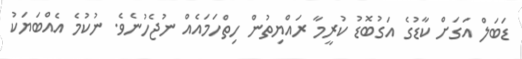
ޑަބަލް އަގަށް ކާޑުގެ އަގުބޮޑު ކުރީމާ ރައްޔިތުން ހިތްހަމައެއް ނުޖެހުނެވެ. ނުކުމެ އެއްބަޔަކު